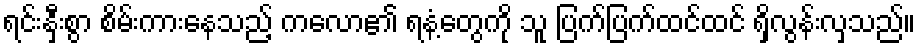
ရင်းနှီးစွာ စိမ်းကားနေသည့် ကလော၏ ရနံ့တွေကို သူ ပြက်ပြက်ထင်ထင် ရှိလွန်းလှသည်။